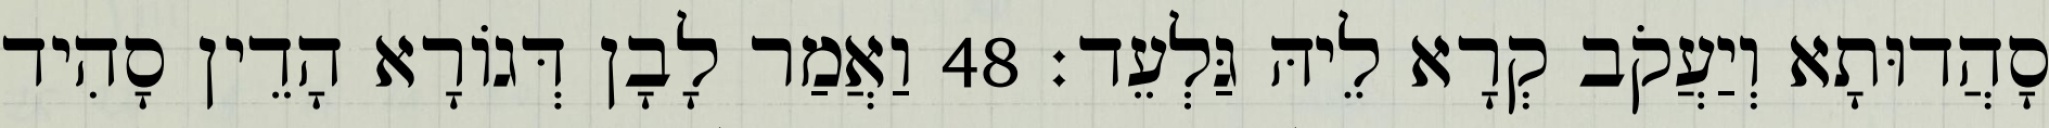
סָהֲדוּתָא וְיַעֲקֹב קְרָא לֵיהּ גַּלְעֵד׃ 48 וַאֲמַר לָבָן דְּגוֹרָא הָדֵין סָהִיד